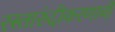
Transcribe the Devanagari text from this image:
रस्तारुंदीकरणाची